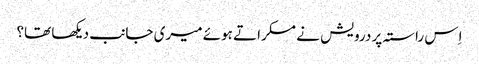
اِس راستہ پر درویش نے مسکراتے ہوئے میری جانب دیکھا تھا؟